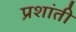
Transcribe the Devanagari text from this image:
प्रशांती